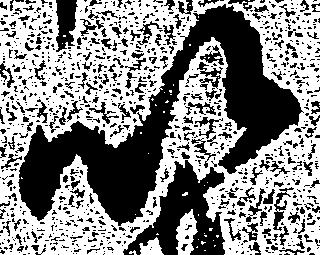
以